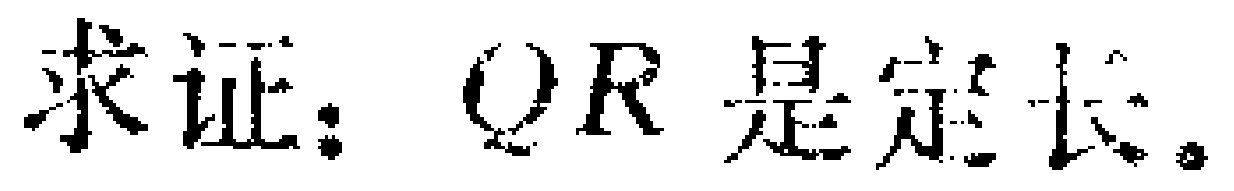
求证：$QR$ 是定长。